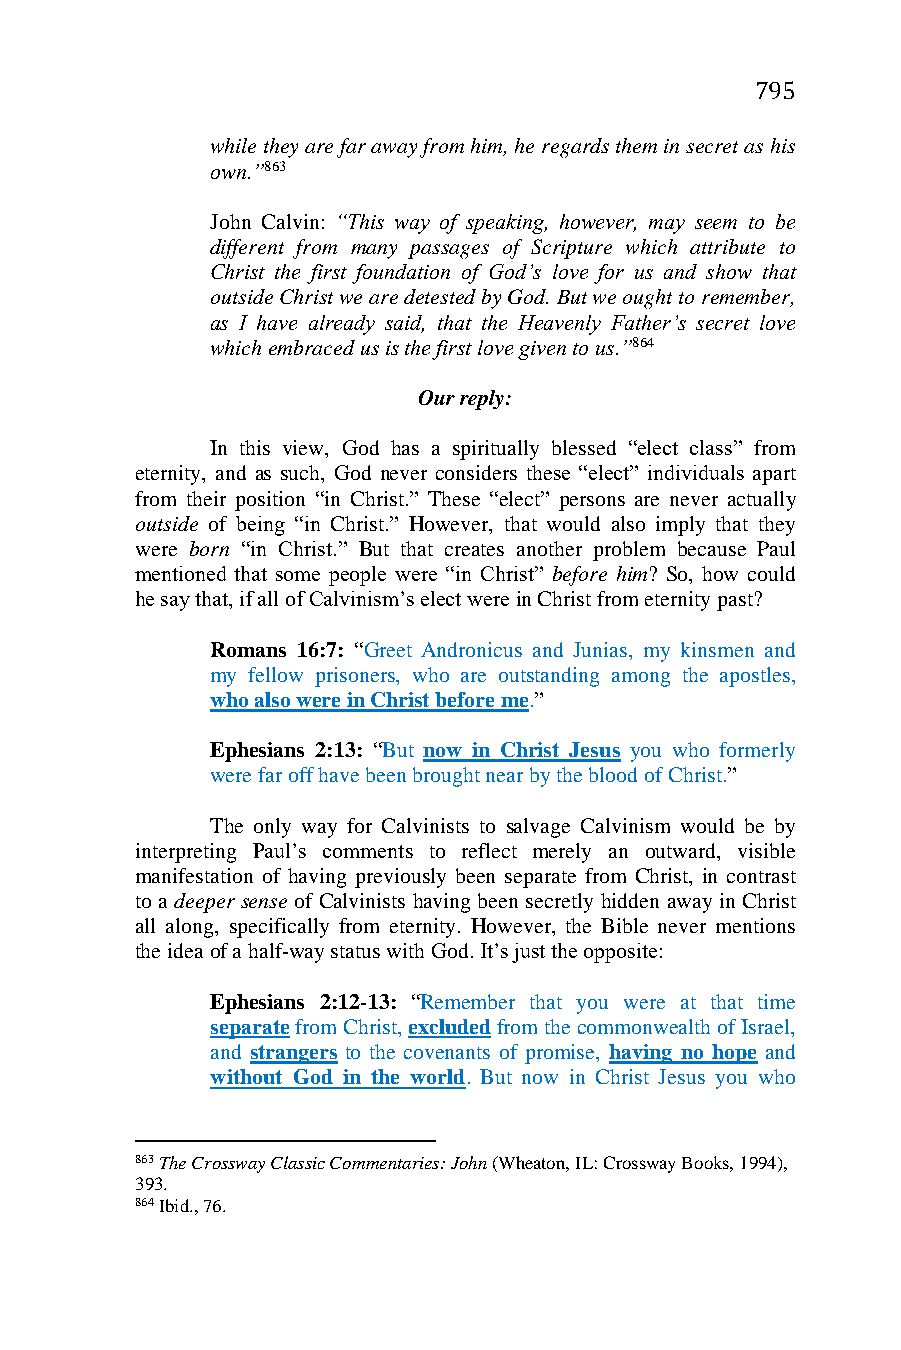
795
 while they are far away from him, he regards them in secret as his
 own.”863
 John Calvin: “This way of speaking, however, may seem to be
 different from many passages of Scripture which attribute to
 Christ the first foundation of God’s love for us and show that
 outside Christ we are detested by God. But we ought to remember,
 as I have already said, that the Heavenly Father’s secret love
 which embraced us is the first love given to us.”864
 Our reply:
 In this view, God has a spiritually blessed “elect class” from
 eternity, and as such, God never considers these “elect” individuals apart
 from their position “in Christ.” These “elect” persons are never actually
 outside of being “in Christ.” However, that would also imply that they
 were born “in Christ.” But that creates another problem because Paul
 mentioned that some people were “in Christ” before him? So, how could
 he say that, if all of Calvinism’s elect were in Christ from eternity past?
 Romans 16:7: “Greet Andronicus and Junias, my kinsmen and
 my fellow prisoners, who are outstanding among the apostles,
 who also were in Christ before me.”
 Ephesians 2:13: “But now in Christ Jesus you who formerly
 were far off have been brought near by the blood of Christ.”
 The only way for Calvinists to salvage Calvinism would be by
 interpreting Paul’s comments to reflect merely an outward, visible
 manifestation of having previously been separate from Christ, in contrast
 to a deeper sense of Calvinists having been secretly hidden away in Christ
 all along, specifically from eternity. However, the Bible never mentions
 the idea of a half-way status with God. It’s just the opposite:
 Ephesians 2:12-13: “Remember that you were at that time
 separate from Christ, excluded from the commonwealth of Israel,
 and strangers to the covenants of promise, having no hope and
 without God in the world. But now in Christ Jesus you who
 863 The Crossway Classic Commentaries: John (Wheaton, IL: Crossway Books, 1994),
 393.
 864 Ibid., 76.